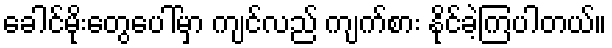
ခေါင်မိုးတွေပေါ်မှာ ကျင်လည် ကျက်စား နိုင်ခဲ့ကြပါတယ်။